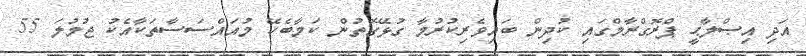
އަދި އިޞްލާޙީ ޕްރޮގްރާމްގައި ކުދިން ބައިވެރިކުރުމާ ގުޅޭގޮތުން ކަމާބެހޭ މުއައްސަސާތަކާއެކު ޖުމުލަ 55